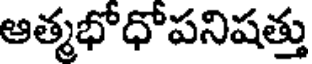
ఆత్మభోధోపనిషత్తు